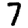
Digit: 7